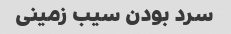
سرد بودن سیب زمینی